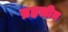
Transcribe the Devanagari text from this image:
ब्रहलीन